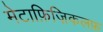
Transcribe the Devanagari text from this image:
मेटाफ़िज़िकलफ़